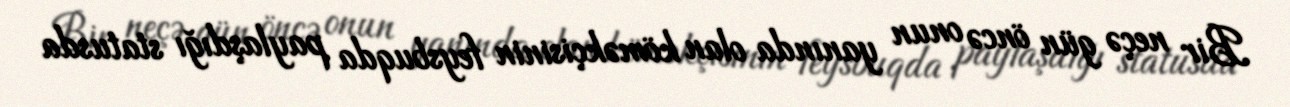
Bir neçə gün öncə onun yanında olan köməkçisinin feysbuqda paylaşdığı statusda